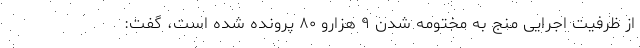
از ظرفیت اجرایی منج به مختومه شدن ۹ هزارو ۸۰ پرونده شده است، گفت: